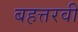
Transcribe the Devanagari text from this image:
बहत्तरवीं